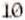
10